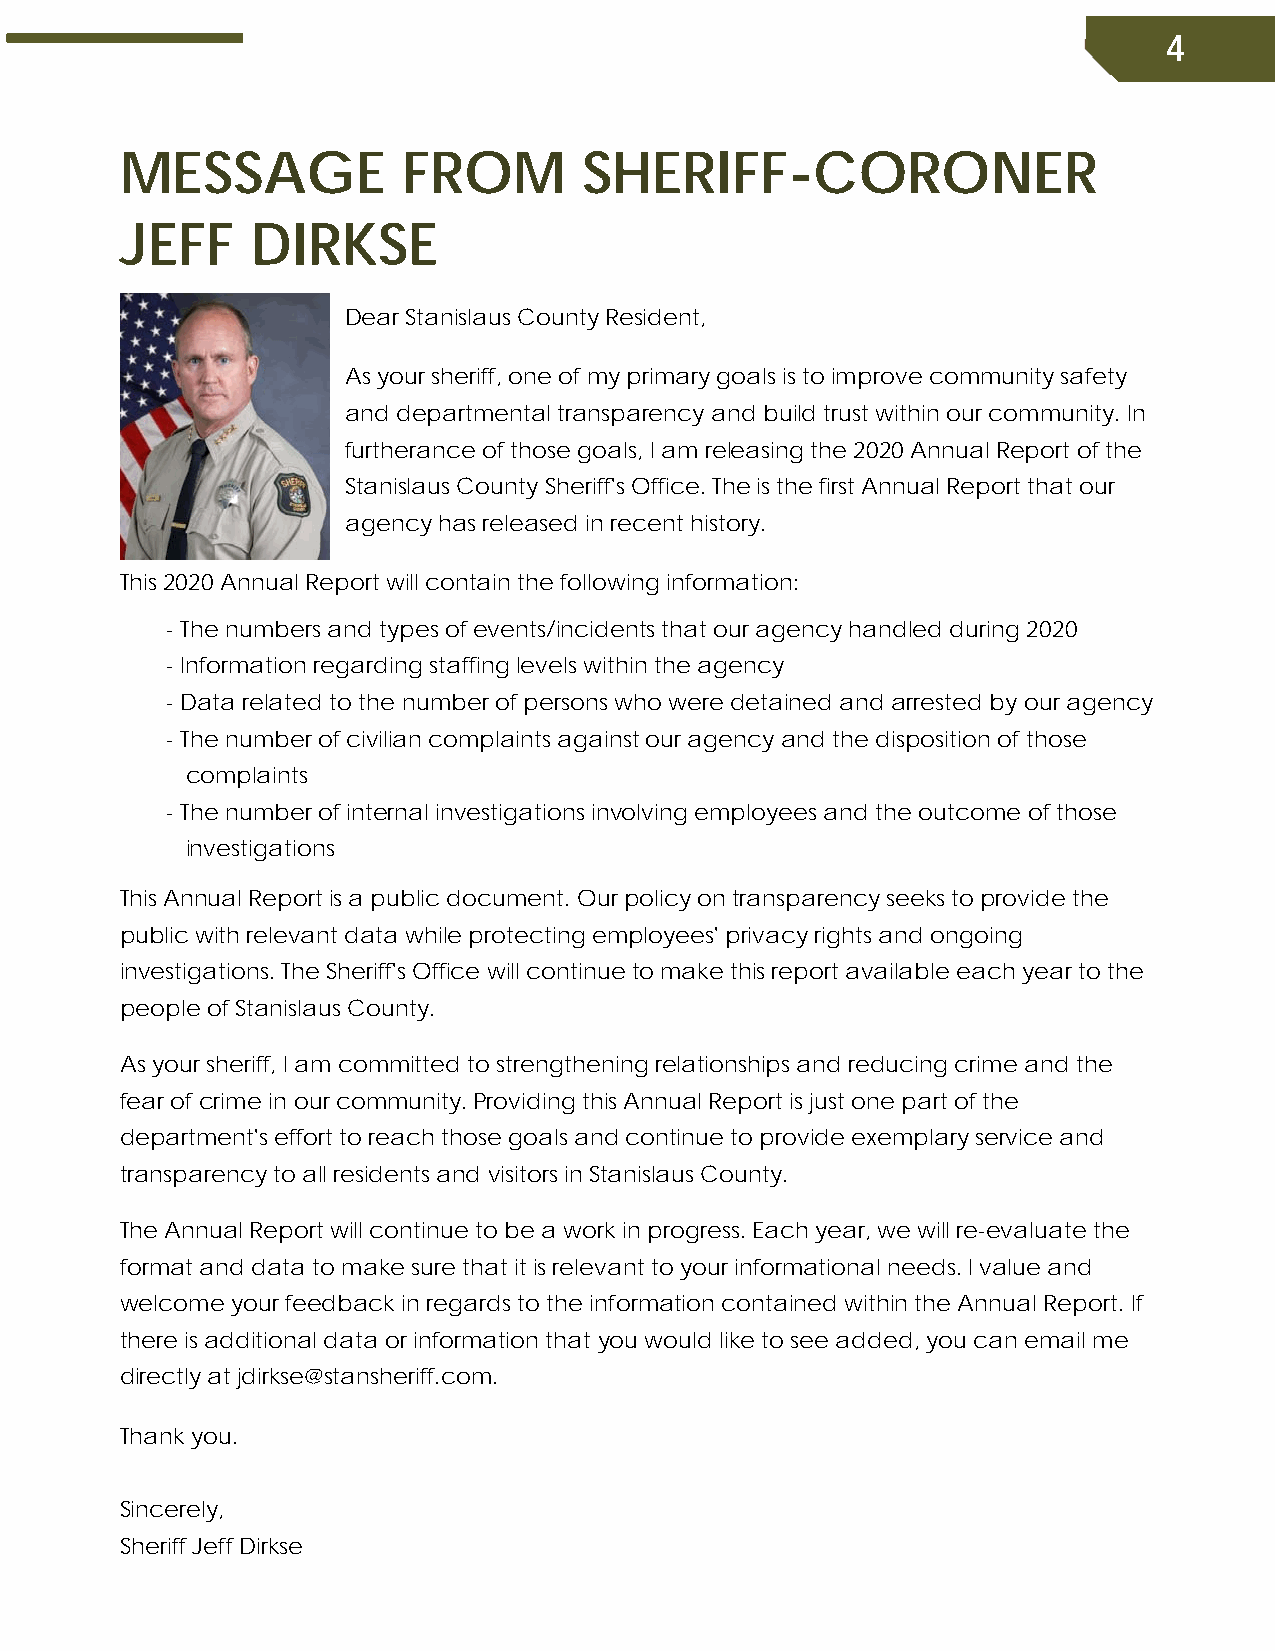
4
 MESSAGE            FROM        SHERIFF-CORONER
 JEFF     DIRKSE
 Dear Stanislaus County Resident,
 As your sheriff, one of my primary goals is to improve community safety
 and departmental transparency and build trust within our community. In
 furtherance of those goals, I am releasing the 2020 Annual Report of the
 Stanislaus County Sheriff's Office. The is the first Annual Report that our
 agency has released in recent history.
 This 2020 Annual Report will contain the following information:
 - The numbers and types of events/incidents that our agency handled during 2020
 - Information regarding staffing levels within the agency
 - Data related to the number of persons who were detained and arrested by our agency
 - The number of civilian complaints against our agency and the disposition of those
 complaints
 - The number of internal investigations involving employees and the outcome of those
 investigations
 This Annual Report is a public document. Our policy on transparency seeks to provide the
 public with relevant data while protecting employees' privacy rights and ongoing
 investigations. The Sheriff's Office will continue to make this report available each year to the
 people of Stanislaus County.
 As your sheriff, I am committed to strengthening relationships and reducing crime and the
 fear of crime in our community. Providing this Annual Report is just one part of the
 department's effort to reach those goals and continue to provide exemplary service and
 transparency to all residents and visitors in Stanislaus County.
 The Annual Report will continue to be a work in progress. Each year, we will re-evaluate the
 format and data to make sure that it is relevant to your informational needs. I value and
 welcome your feedback in regards to the information contained within the Annual Report. If
 there is additional data or information that you would like to see added, you can email me
 directly at jdirkse@stansheriff.com.
 Thank you.
 Sincerely,
 Sheriff Jeff Dirkse